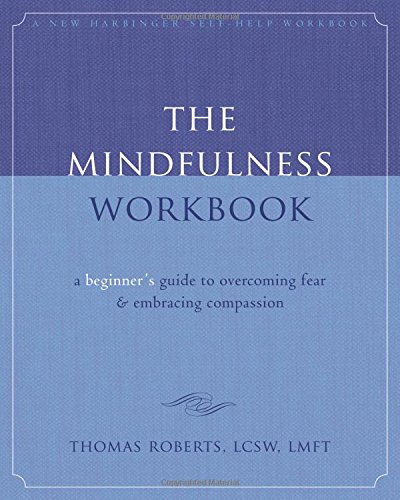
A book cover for The Mindfulness Workbook: A Beginner's Guide to Overcoming Fear and Embracing Compassion (New Harbinger Self-Help Workbook); Thomas Roberts LCSW  LMFT; Health, Fitness & Dieting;